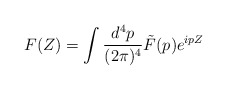
\begin{align*}F(Z)=\int \frac{d^4p}{(2{\pi})^4}\tilde{F}(p) e^{ipZ}\end{align*}